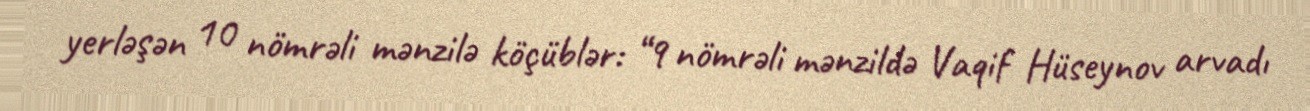
yerləşən 10 nömrəli mənzilə köçüblər: “9 nömrəli mənzildə Vaqif Hüseynov arvadı